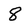
Character: 8